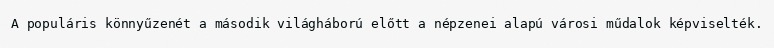
A populáris könnyűzenét a második világháború előtt a népzenei alapú városi műdalok képviselték.